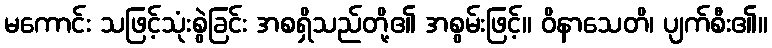
မကောင်း သဖြင့်သုံးစွဲခြင်း အစရှိသည်တို့၏ အစွမ်းဖြင့်။ ဝိနာသေတိ၊ ပျက်စီး၏။